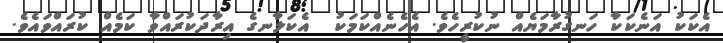
އެކަކު އަނެކަކާ ހަނގުރާމަޔެއް ނުކުރީހެވެ. އެހެނެއްކަމަކު  އެކަލާނގެ އިރާދަކުރައްވާ ކަމެއް ކުރައްވައެވެ.